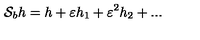
{ \cal S } _ { b } h = h + \varepsilon h _ { 1 } + \varepsilon ^ { 2 } h _ { 2 } + . . .